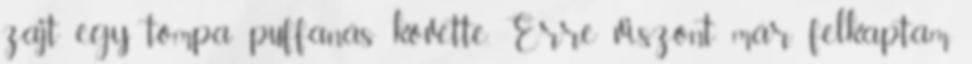
zajt egy tompa puffanás követte. Erre viszont már felkaptam